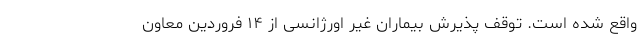
واقع شده است. توقف پذیرش بیماران غیر اورژانسی از ۱۴ فروردین معاون